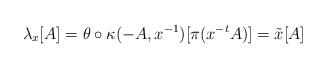
LaTeX: \begin{align*}\lambda_x[A] = \theta\circ\kappa(-A,x^{-1})[\pi(x^{-t}A)] = \tilde x[A]\end{align*}